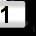
Digit: 1